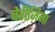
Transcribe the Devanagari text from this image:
बेरीज़िना